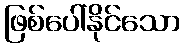
ဖြစ်ပေါ်နိုင်သော